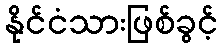
နိုင်ငံသားဖြစ်ခွင့်